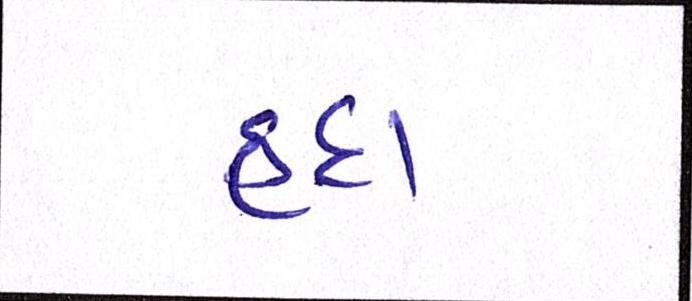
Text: હૃદા